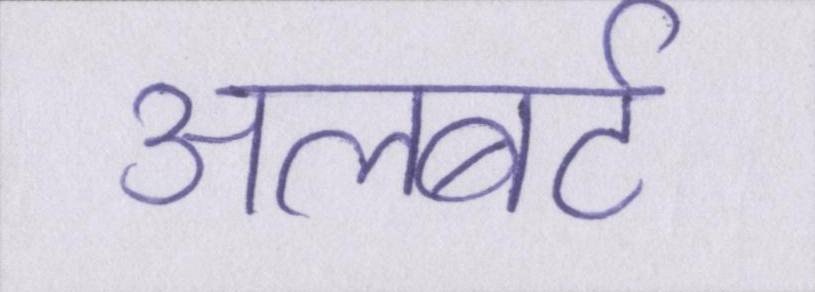
अलबर्ट